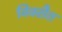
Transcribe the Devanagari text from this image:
विक्सैत